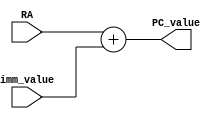
module PC_RA_plusImm(input [15:0] RA,input [15:0] imm_value,output [15:0] PC_value);

assign PC_value=RA+imm_value;

endmodule